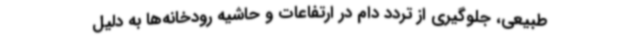
طبیعی، جلوگیری از تردد دام در ارتفاعات و حاشیه رودخانه‌ها به دلیل